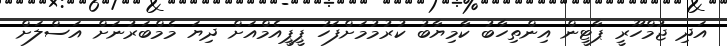
އަދި ޖުމްހޫރީ ޕާޓީން އިންތިހާބު ކާމިޔާބު ކުރުމުމަށްފަހު ޕީޕީއެމްއަށް ދިޔަ މެމްބަރުނަށް އަސްލަށް